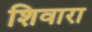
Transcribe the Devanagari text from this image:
शिवारा